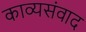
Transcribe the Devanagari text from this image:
काव्यसंवाद